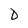
Character: D